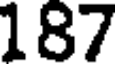
187